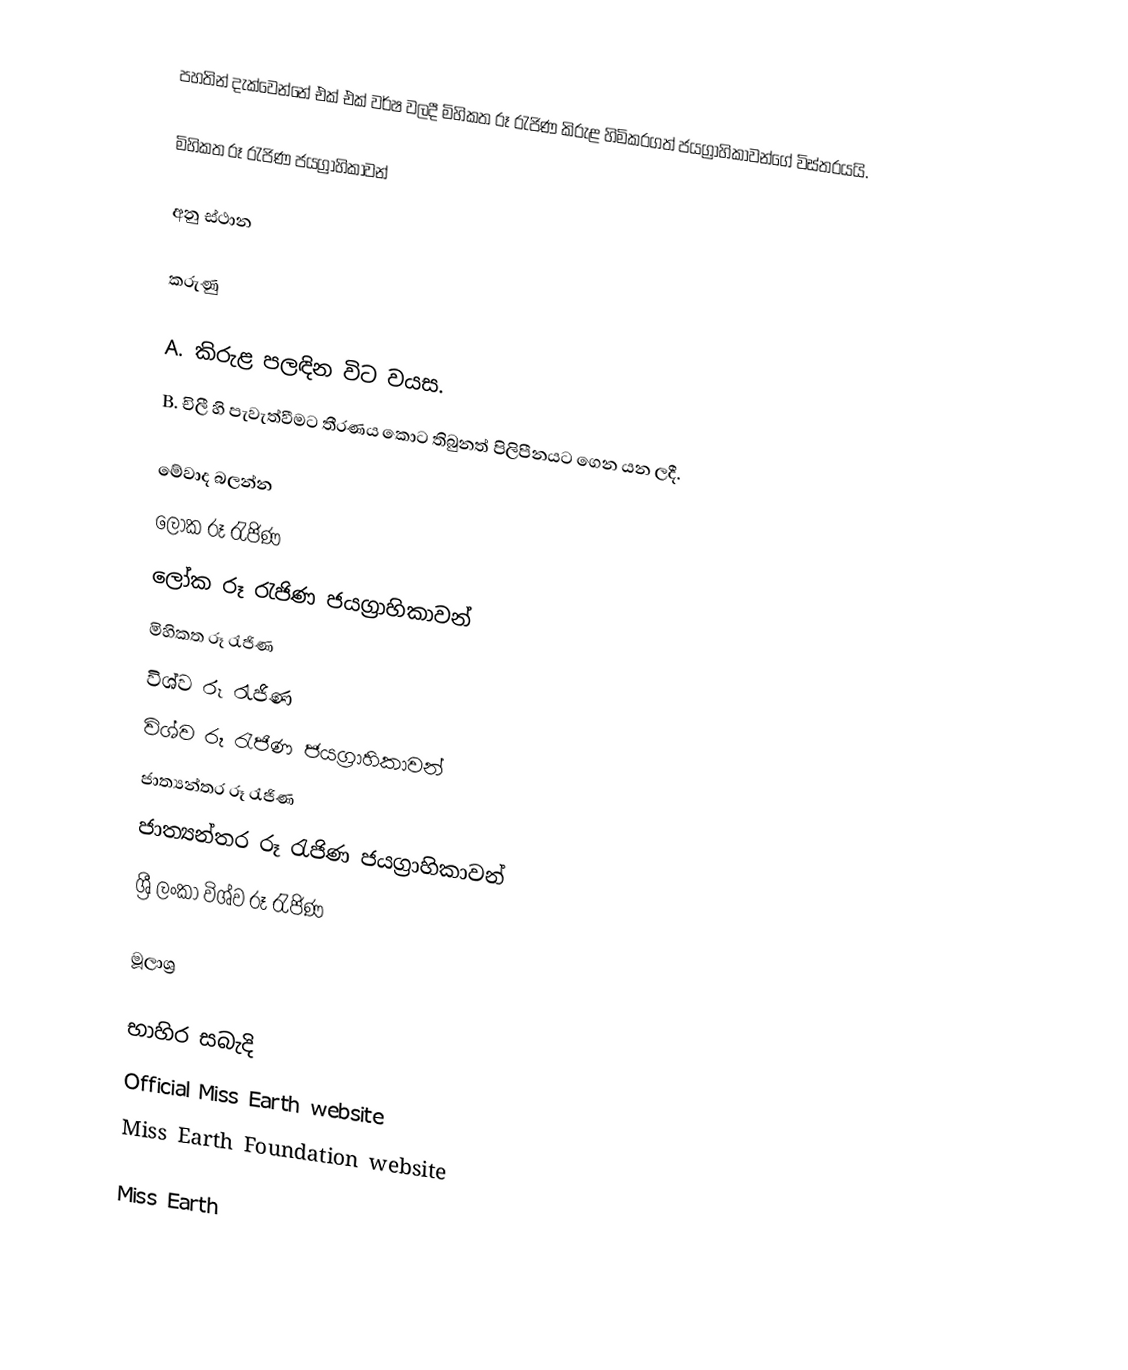
පහතින් දැක්වෙන්නේ එක් එක් වර්ෂ වලදී මිහිකත රූ රැජිණ කිරුළ හිමිකරගත් ජයග්‍රාහිකාවන්ගේ විස්තරයයි.

මිහිකත රූ රැජිණ ජයග්‍රාහිකාවන්

අනු ස්ථාන

කරුණු

A. කිරුළ පලඳින විට වයස.
B. චිලී හි පැවැත්වීමට තීරණය කොට තිබුනත් පිලිපීනයට ගෙන යන ලදී.

මේවාද බලන්න
ලෝක රූ රැජිණ
ලෝක රූ රැජිණ ජයග්‍රාහිකාවන්
මිහිකත රූ රැජිණ
විශ්ව රූ රැජිණ
විශ්ව රූ රැජිණ ජයග්‍රාහිකාවන්
ජාත්‍යන්තර රූ රැජිණ
ජාත්‍යන්තර රූ රැජිණ ජයග්‍රාහිකාවන්
ශ්‍රී ලංකා විශ්ව රූ රැජිණ

මූලාශ්‍ර

භාහිර සබැදි
Official Miss Earth website
Miss Earth Foundation website

Miss Earth